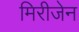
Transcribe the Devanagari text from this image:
मिरीजेन